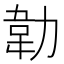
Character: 𭄵